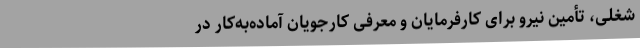
شغلی، تأمین نیرو برای کارفرمایان و معرفی کارجویان آماده‌به‌کار در